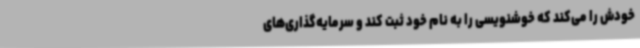
خودش را می‌کند که خوشنویسی را به نام خود ثبت کند و سرمایه‌گذاری‌های